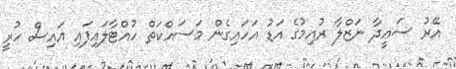
އޭރު ސަޢީދާ ނަޒްލާ ރުއިމުގެ އަޑު އަހައިގެން މަސައްކަތް ހުއްޓާލައިފައި އައިސް ހުރީ